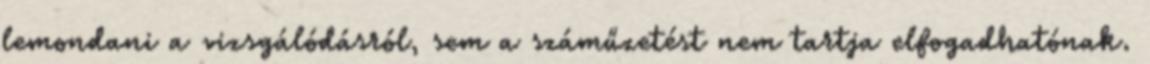
lemondani a vizsgálódásról, sem a száműzetést nem tartja elfogadhatónak.